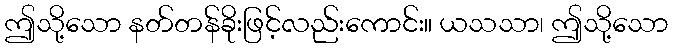
ဤသို့သော နတ်တန်ခိုးဖြင့်လည်းကောင်း။ ယသသာ၊ ဤသို့သော